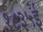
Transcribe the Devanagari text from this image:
१८३५ई